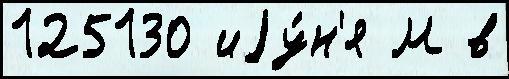
125130 иjу́н'я М в